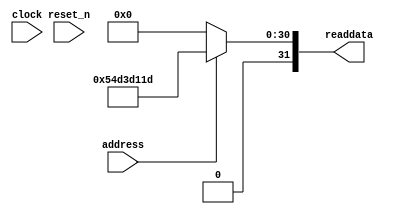
module niosII_system_sysid_qsys_0 (
               // inputs:
                address,
                clock,
                reset_n,

               // outputs:
                readdata
             )
;

  output  [ 31: 0] readdata;
  input            address;
  input            clock;
  input            reset_n;

  wire    [ 31: 0] readdata;
  //control_slave, which is an e_avalon_slave
  assign readdata = address ? 1423167773 : 0;

endmodule